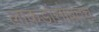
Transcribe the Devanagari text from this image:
लाकडांसोबतच